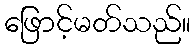
ဖြောင့်မတ်သည်။